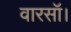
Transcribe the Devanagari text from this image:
वारसॉ।